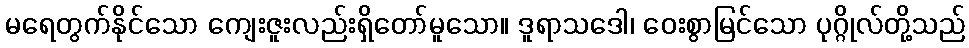
မရေတွက်နိုင်သော ကျေးဇူးလည်းရှိတော်မူသော။ ဒူရာသဒေါ၊ ဝေးစွာမြင်သော ပုဂ္ဂိုလ်တို့သည်